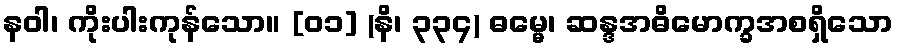
နဝါ၊ ကိုးပါးကုန်သော။ [၀၁] (နိ၊ ၃၃၄) ဓမ္မေ၊ ဆန္ဒအဓိမောက္ခအစရှိသော